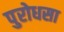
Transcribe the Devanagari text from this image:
पुरोधसा